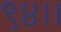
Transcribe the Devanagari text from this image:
९४।।